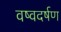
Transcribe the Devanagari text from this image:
वष्वदर्षण